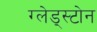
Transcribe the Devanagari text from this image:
ग्लेड्स्टोन